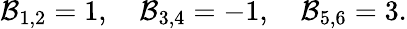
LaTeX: \mathcal{B}_{1,2}=1,\quad\mathcal{B}_{3,4}=-1,\quad\mathcal{B}_{5,6}=3.